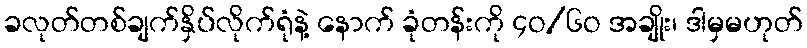
ခလုတ်တစ်ချက်နှိပ်လိုက်ရုံနဲ့ နောက် ခုံတန်းကို ၄ဝ/၆ဝ အချိုး၊ ဒါမှမဟုတ်